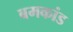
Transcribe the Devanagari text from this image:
बमकांड